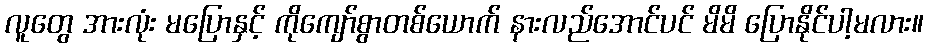
လူတွေ အားလုံး မပြောနှင့် ကိုကျော်စွာတစ်ယောက် နားလည်အောင်ပင် မိမိ ပြောနိုင်ပါ့မလား။